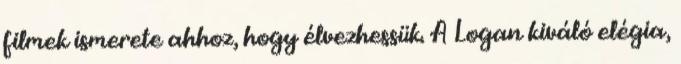
filmek ismerete ahhoz, hogy élvezhessük. A Logan kiváló elégia,